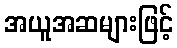
အယူအဆများဖြင့်